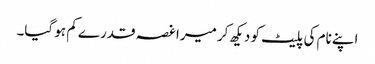
اپنے نام کی پلیٹ کو دیکھ کر میرا غصہ قدرے کم ہو گیا۔